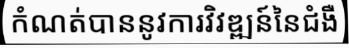
កំណត់បាននូវការវិវឌ្ឍន៍នៃជំងឺ